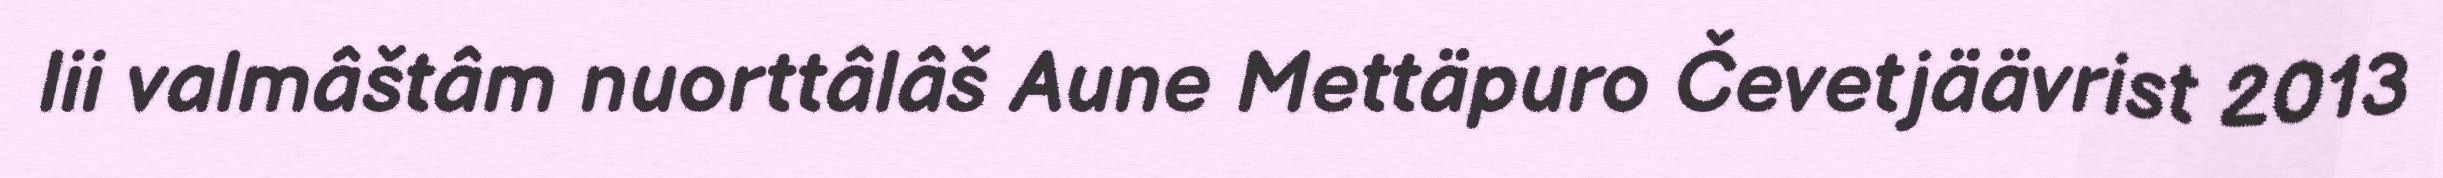
lii valmâštâm nuorttâlâš Aune Mettäpuro Čevetjäävrist 2013